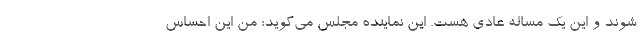
شوند و این یك مساله عادی هست. این نماینده مجلس می‌گوید: من این احساس